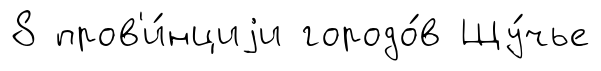
8 пров'и́нциjи городо́в Щу́чье